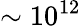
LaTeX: \sim 10^{12}